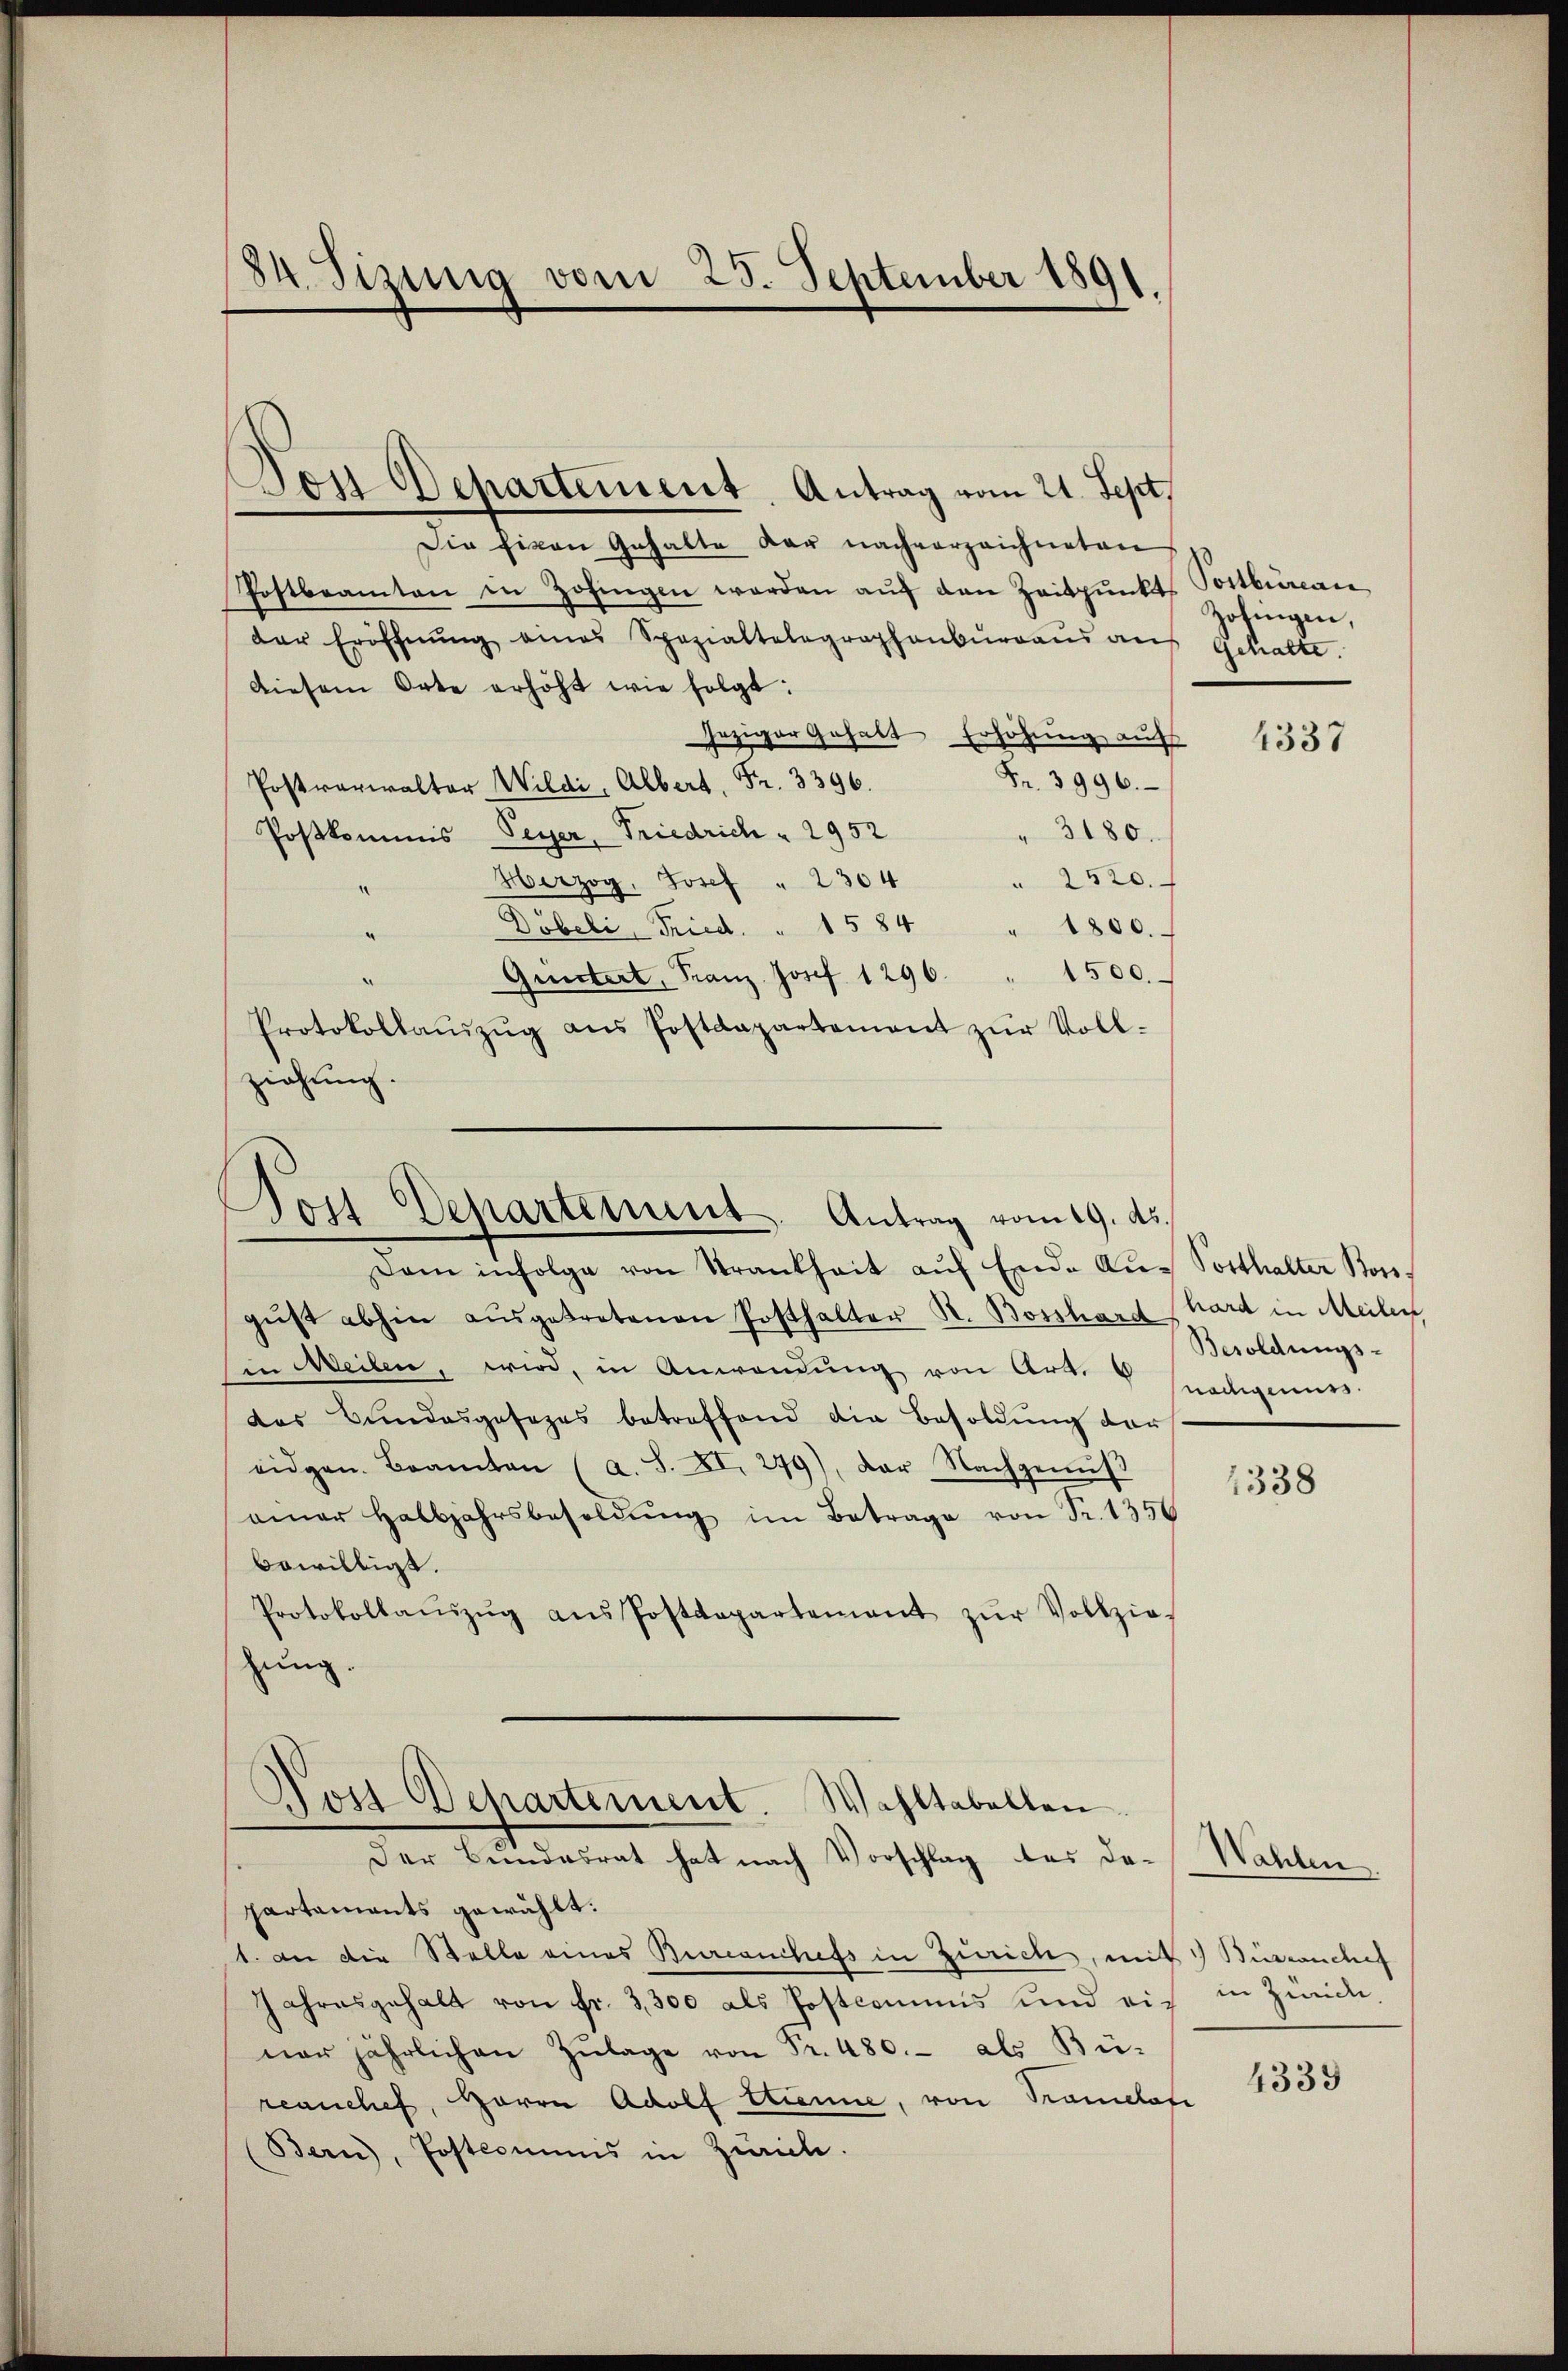
Die Eigen Gehalte der nachverzeichneten
Postbeamten in Zofingen werden aŭf den Zeitpunkts Postbureau
der Eröffnŭng eines Spezialtalagraphenbŭrgaŭs aus Gehalte.
Diesem Orte erhöht wie folgt:
jeziger Gehalt Erhöhung auf
Fr. 3996.
Postrariralter Wildi, Albert, Fr. 3396.
" 3180.
Postkommis Peyer, Friedrich 2952
 2520.
Herzog, Josef " 2304
Döbeli, Fried. " 1584 " 1800.
Giitert, Franz Josef 1296. " 1500.
Protokollaŭszŭg aŭs Postdepartement zŭr Voll-
ziehung.

84. Sizung vom 25. September 1891

Von Dehartement. Antrag vom 21. Sept.

gŭst abhin aŭsgetretenen Posthalter St. Bosshard hard in Meilen
in Meilen, wird, in Anwendung von Art. v. snadigers
das Bundesgesezes betreffend die Besoldŭng der
eidgen. Beamten (a. S. XI. 279), der Nachgenus
amner Halbjahrsbesoldŭng im Betrage von Fr. 1350
bewilligt.
Protokollaŭszŭg ans Postdepartement zŭr Vollzie-
zung.

Post Departement. Antrag vom 19. ds.
Dam infolge von Strankheit aŭf Ende Aŭs Potthalter Kon-

Post Departement Wohltabellen.
Der Bundesrat hat nach Vorschlag das da¬

Zofingen,

partaments gewählt:
1. Der die Stelle eines Burcanchefs in Zürich, mit Büronchef
Jahresgehalt von fr. 3300 als Postcommis und ein in Zürich,
ner jährlichen Zŭlage von Fr. 480. als Büreanchef, Harre Adolf Wienne, von Tramelofe
Bern, Postcommis in Zürich.

1337

Besoldungs-

1338

Wahlen

4339